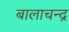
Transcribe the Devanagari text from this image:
बालाचन्द्र